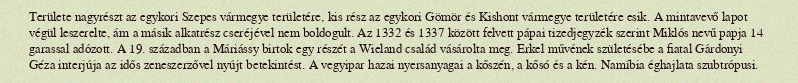
Területe nagyrészt az egykori Szepes vármegye területére, kis rész az egykori Gömör és Kishont vármegye területére esik. A mintavevő lapot végül leszerelte, ám a másik alkatrész cseréjével nem boldogult. Az 1332 és 1337 között felvett pápai tizedjegyzék szerint Miklós nevű papja 14 garassal adózott. A 19. században a Máriássy birtok egy részét a Wieland család vásárolta meg. Erkel művének születésébe a fiatal Gárdonyi Géza interjúja az idős zeneszerzővel nyújt betekintést. A vegyipar hazai nyersanyagai a kőszén, a kősó és a kén. Namíbia éghajlata szubtrópusi.